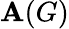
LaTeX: \mathbf{A}(G)